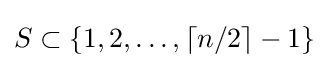
S\subset \{1,2,\ldots ,\lceil n/2\rceil -1\}